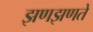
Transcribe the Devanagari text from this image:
झणझणते